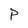
Character: P